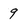
Character: 9